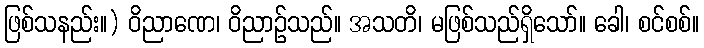
ဖြစ်သနည်း။) ဝိညာဏေ၊ ဝိညာဉ်သည်။ အသတိ၊ မဖြစ်သည်ရှိသော်။ ခေါ၊ စင်စစ်။